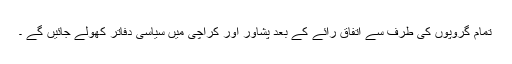
تمام گروپوں کی طرف سے اتفاق رائے کے بعد پشاور اور کراچی میں سیاسی دفاتر کھولے جائیں گے ۔